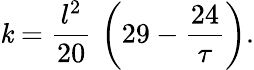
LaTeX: \mathit{k}={\frac{{l^{2}}}{{20}}}\, \left(29-{\frac{{24}}{{\tau}}}\right).